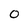
Character: 0